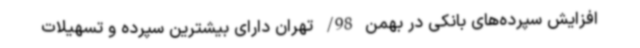
افزایش سپرده‌های بانکی در بهمن 98/ تهران دارای بیشترین سپرده و تسهیلات